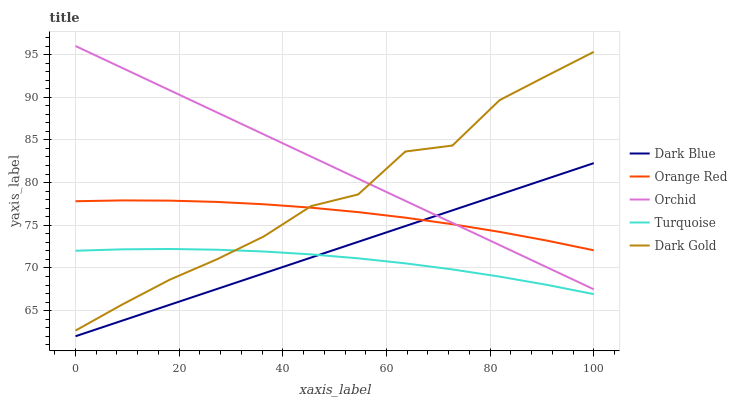
| xaxis_label | Dark Blue | Orange Red | Orchid | Turquoise | Dark Gold |
 | --- | --- | --- | --- | --- | --- |
 | 0 | 62 | 77.8 | 96 | 72 | 62.7 |
 | 9.09 | 63.8 | 77.9 | 93.4 | 72.2 | 65.7 |
 | 18.2 | 65.7 | 77.9 | 90.8 | 72.2 | 68.6 |
 | 27.3 | 67.5 | 77.7 | 88.2 | 72.1 | 71 |
 | 36.4 | 69.4 | 77.5 | 85.6 | 71.9 | 73.7 |
 | 45.5 | 71.2 | 77.1 | 83 | 71.6 | 77.2 |
 | 54.5 | 73.1 | 76.5 | 80.5 | 71.1 | 78.6 |
 | 63.6 | 74.9 | 75.9 | 77.9 | 70.5 | 83.6 |
 | 72.7 | 76.7 | 75.1 | 75.3 | 69.8 | 84.3 |
 | 81.8 | 78.6 | 74.2 | 72.7 | 69 | 89.7 |
 | 90.9 | 80.4 | 73.2 | 70.1 | 68 | 92.5 |
 | 100 | 82.3 | 72.1 | 67.5 | 66.9 | 95.3 |